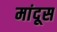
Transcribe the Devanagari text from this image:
मांदूस